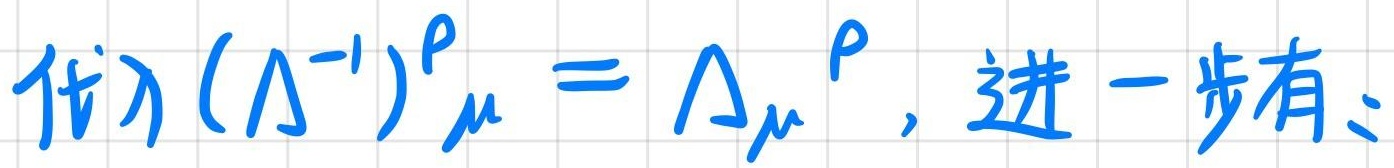
代入$(\Lambda^{-1})^{\rho}\mu=\Lambda_{\mu}{}^{\rho}$，进一步有：